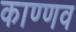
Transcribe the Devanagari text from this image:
काण्णव